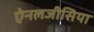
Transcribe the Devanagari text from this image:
ऐनलजीसिया